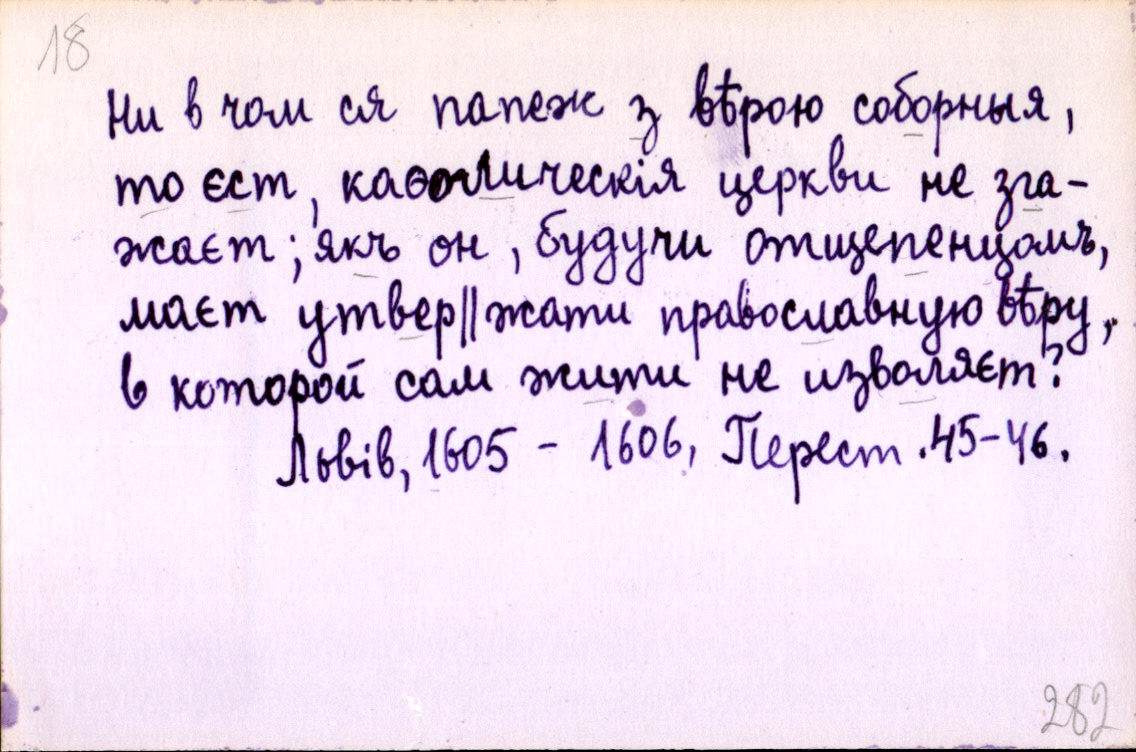
Ни в чом ся папеж з вѣрою соборныя,
то єст, каѳолическія церкви не зга-
жаєт; якъ он, будучи отщепенцомъ,
маєт утвер║жати православную вѣру,
в которой сам жити не изволяєт?
Львів, 1605 - 1606, Перест. 45-46.